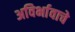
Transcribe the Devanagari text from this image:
अविर्भावाचे